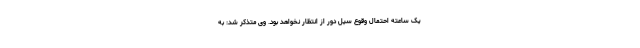
یک ساعته احتمال وقوع سیل دور از انتظار نخواهد بود. وی متذکر شد: به